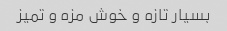
بسیار تازه و خوش مزه و تمیز